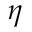
\eta